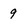
Character: 9